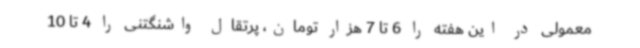
معمولی در این هفته را 6 تا 7 هزار تومان، پرتقال واشنگتنی را 4 تا 10